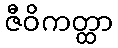
ဇီဝိကတ္ထာ